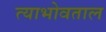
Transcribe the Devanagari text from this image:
त्याभोवताल